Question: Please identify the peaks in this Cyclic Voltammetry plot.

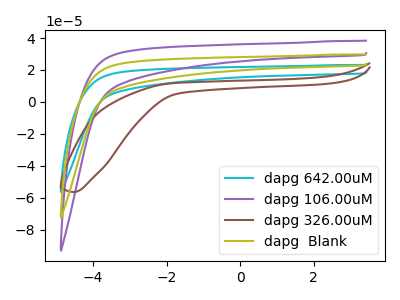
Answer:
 <answer>The cyan curve "dapg 642.00uM" has no peaks. The purple curve "dapg 106.00uM" has no peaks. The brown curve "dapg 326.00uM" has no peaks. The olive curve "dapg  Blank" has no peaks.</answer>
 <eval></eval>